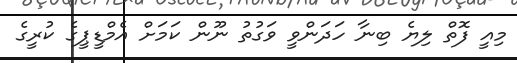
މިއީ ފޮތް ލިޔެ ބިނާ ހަދަންވީ ވަގުތު ނޫން ކަމަށް އެމްޑީޕީގެ ކުރީގެ